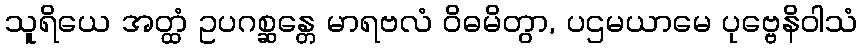
သူရိယေ အတ္ထံ ဥပဂစ္ဆန္တေ မာရဗလံ ဝိဓမိတွာ, ပဌမယာမေ ပုဗ္ဗေနိဝါသံ